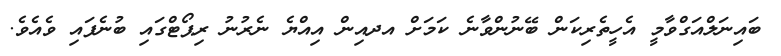
ބައިނަލްއަގްވާމީ އެހީތެރިކަން ބޭނުންވާނެ ކަމަށް އދއިން އިއްޔެ ނެރުނު ރިޕޯޓްގައި ބުނެފައި ވެއެވެ.